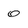
Character: 0